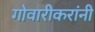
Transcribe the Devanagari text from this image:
गोवारीकरांनी